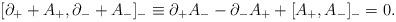
LaTeX: \begin{align*}[\partial _+ + A_+, \partial _- + A_-]_- \equiv \partial _+A_--\partial _-A_++[A_+, A_-]_-=0.\end{align*}